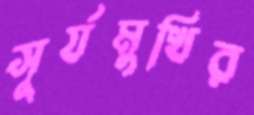
সূর্যমুখির